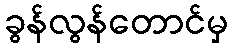
ခွန်လွန်တောင်မှ